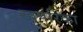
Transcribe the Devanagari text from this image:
खपरिका